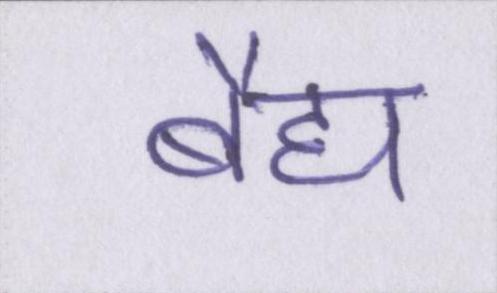
बैद्य